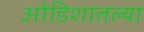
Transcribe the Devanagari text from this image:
ओडिशातल्या